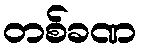
တစ်ခဏ